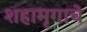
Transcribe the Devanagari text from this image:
शहामृगाचे